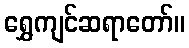
ရွှေကျင်ဆရာတော်။